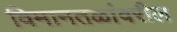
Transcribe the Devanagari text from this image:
विमानतळांवरील